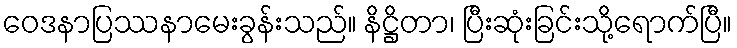
ဝေဒနာပြဿနာမေးခွန်းသည်။ နိဋ္ဌိတာ၊ ပြီးဆုံးခြင်းသို့ရောက်ပြီ။